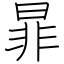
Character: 暃